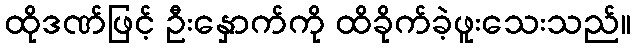
ထိုဒဏ်ဖြင့် ဦးနှောက်ကို ထိခိုက်ခဲ့ဖူးသေးသည်။